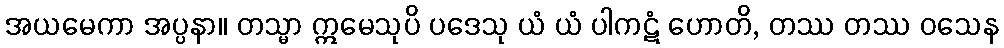
အယမေကာ အပ္ပနာ။ တသ္မာ ဣမေသုပိ ပဒေသု ယံ ယံ ပါကဋံ ဟောတိ, တဿ တဿ ဝသေန